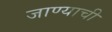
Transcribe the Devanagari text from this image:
जाण्‍याची